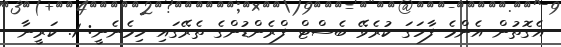
އެގޮތުން އެންމެ ފާހަގަ ކުރެވޭ ބެސްޓް ފްރެންޑުންގެ ތެރޭގައި ހިމެނެނީ: 1. ކަރީނާ